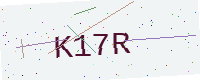
Text: K17R